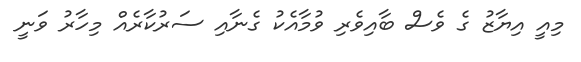
މިއީ އިޔާޒު ގެ ވެސް ބާއިވެރި ވުމާއެކު ގެނާއި ސަރުކާރެއް މިހާރު ވަނީ